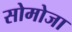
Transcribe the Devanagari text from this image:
सोमोजा